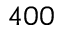
4 0 0